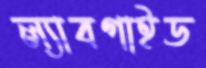
ল্যাবগাইড